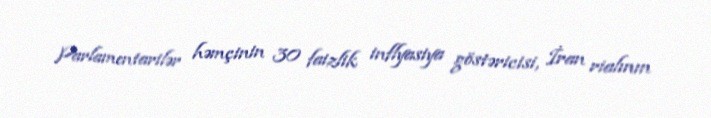
Parlamentarilər həmçinin 30 faizlik inflyasiya göstəricisi, İran rialının